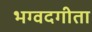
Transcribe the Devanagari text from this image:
भग्वदगीता